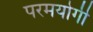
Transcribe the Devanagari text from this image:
परमयोगी